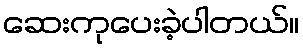
ဆေးကုပေးခဲ့ပါတယ်။